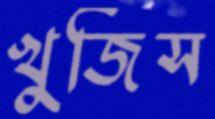
খুজিস